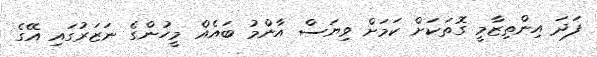
ފަދަ އިންތިޒާމީ ގޮތަކަށް ކަމަށް ވިޔަސް އާންމު ބައެއް މީހުންގެ ނަޒަރުގައި އޭގެ